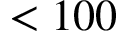
< 1 0 0